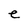
Character: e